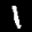
Label: 1